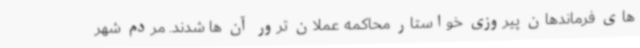
های فرماندهان پیروزی خواستار محاکمه عملان ترور آن ها شدند. مردم شهر